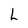
Character: L